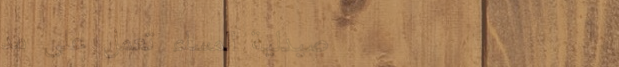
صيدلية المساء تعمل على مد